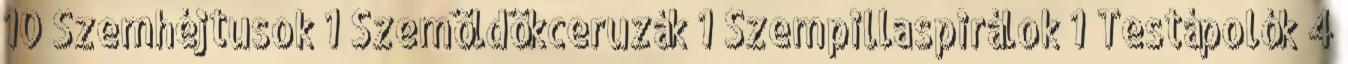
10 Szemhéjtusok 1 Szemöldökceruzák 1 Szempillaspirálok 1 Testápolók 4